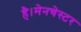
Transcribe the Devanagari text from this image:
है।मेनचेस्टर